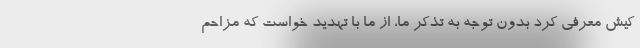
کیش معرفی کرد بدون توجه به تذکر ما، از ما با تهدید خواست که مزاحم